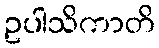
ဥပါသိကာတိ